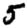
Digit: 5